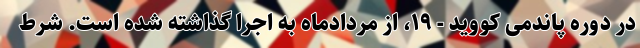
در دوره پاندمی کووید - ۱۹، از مردادماه به اجرا گذاشته شده است. شرط